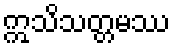
ဣသိသတ္တမဿ